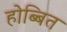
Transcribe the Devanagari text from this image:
होब्बित